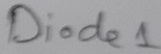
Text: Diode1